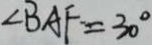
\angle B A F = 3 0 ^ { \circ }